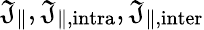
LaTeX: \mathfrak{J}_{\parallel},\mathfrak{J}_{\parallel,\mathrm{{intra}}},\mathfrak{J}_{\parallel,\mathrm{{inter}}}